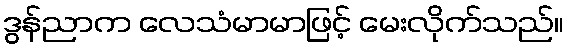
ဒွန်ညာက လေသံမာမာဖြင့် မေးလိုက်သည်။